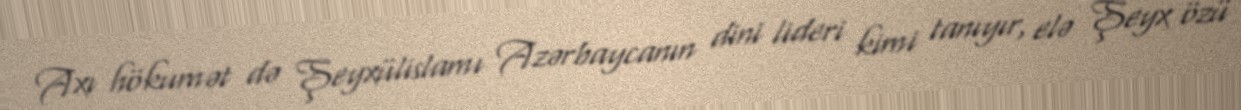
Axı hökumət də Şeyxülislamı Azərbaycanın dini lideri kimi tanıyır, elə Şeyx özü